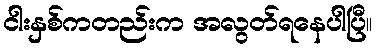
ငါးနှစ်ကတည်းက အလွတ်ရနေပါပြီ။